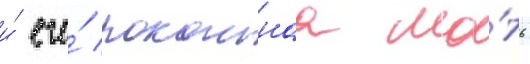
и́ его́ покоинаа ма́ть